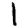
Digit: 1